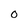
Character: O